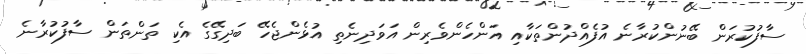
ސާފުކުރަން ބޭނުންކުރާނެ އުފެއްދުންތަކާއި އަންހެންވެރިން އަވަދިނެތި އުޅެންޖެހޭ ބަދިގޭގެ އެކި ތަންތަން ސާފުކުރާނެ